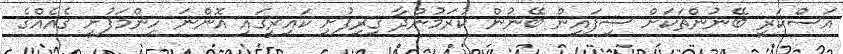
އަސްކަރީ ބޭނުންތަކަށް ސިފައިން ބޭނުން ކުރަމުންދާ ގިރިފުށި ކައިރީގައި އޮންނަ ހިންމަފުށީ ގެއެއްގެ